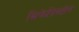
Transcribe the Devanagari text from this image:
मिफेप्रिस्टोन